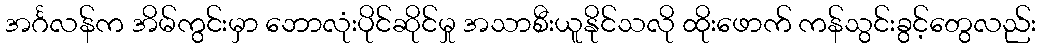
အင်္ဂလန်က အိမ်ကွင်းမှာ ဘောလုံးပိုင်ဆိုင်မှု အသာစီးယူနိုင်သလို ထိုးဖောက် ကန်သွင်းခွင့်တွေလည်း